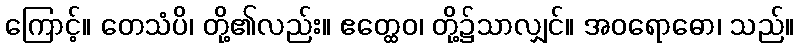
ကြောင့်။ တေသံပိ၊ တို့၏လည်း။ ဧတ္ထေဝ၊ တို့၌သာလျှင်။ အဝရောဓော၊ သည်။